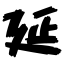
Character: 延